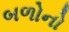
બળોનો